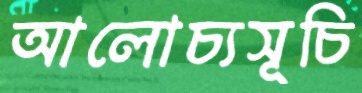
আলোচ্যসূচি